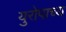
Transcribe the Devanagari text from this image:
युरोपाच्य